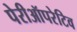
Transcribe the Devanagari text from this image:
पेरीऑपरेटिव